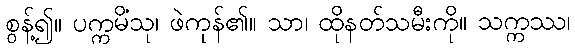
စွန့်၍။ ပက္ကမိံသု၊ ဖဲကုန်၏။ သာ၊ ထိုနတ်သမီးကို။ သက္ကဿ၊